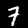
Digit: 7